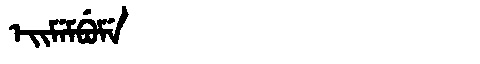
Manchu: ᡝᡳᠮᡝᠮᠪᡠᠮᡝ
Romanization: EIMEMBUME